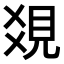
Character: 𧠔